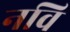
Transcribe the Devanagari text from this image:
नवि